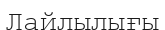
Лайлылығы